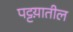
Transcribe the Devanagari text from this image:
पट्टय़ातील